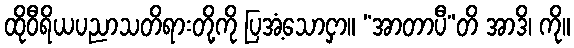
ထိုဝီရိယပညာသတိရားတို့ကို ပြအံ့သောငှာ။ “အာတာပီ”တိ အာဒိ၊ ကို။